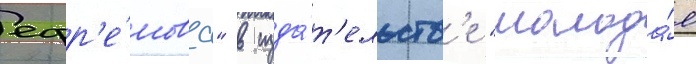
ефр'е́мова" в изда́т'ельств'е "молода́я